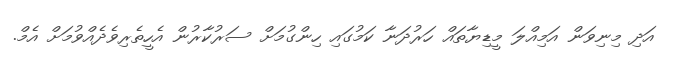
އަދި މިނިވަން އަމިއްލަ މީޑިޔާތައް ހަރުދަނާ ކަމުގައި ހިންގުމަށް ސަރުކާރުން އެހީތެރިވެދެއްވުމަށް އެމް.